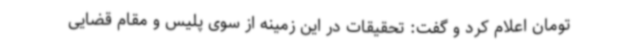
تومان اعلام کرد و گفت: تحقیقات در این زمینه از سوی پلیس و مقام قضایی